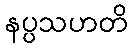
နပ္ပသဟတိ